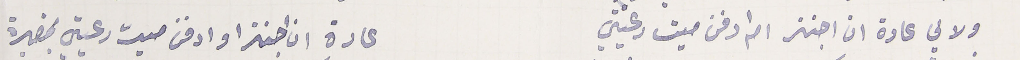
ولالي عادة ان اجنز  ام ادفن ميت رعيتي                                        عادة ان اجنز او ادفن ميت رعيتي بمقبرة